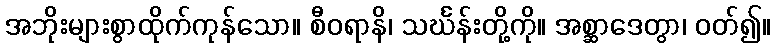
အဘိုးများစွာထိုက်ကုန်သော။ စီဝရာနိ၊ သင်္ဃန်းတို့ကို။ အစ္ဆာဒေတွာ၊ ဝတ်၍။